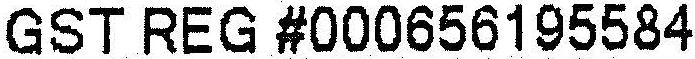
GST REG #000656195584